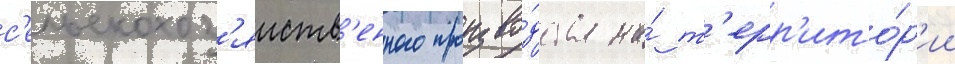
с'ельскохоз'яиств'енного произво́дства на́ т'ерр'ито́р'ии